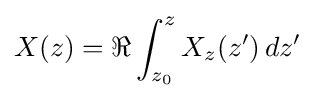
X(z)=\Re \int _{z_{0}}^{z}X_{z}(z')\,dz'